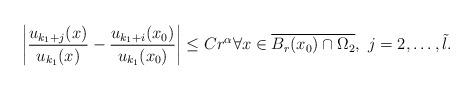
LaTeX: \begin{align*}\left|\frac{u_{k_1+j}(x)}{u_{k_1}(x)}-\frac{u_{k_1+i}(x_0)}{u_{k_1}(x_0)}\right|\leq C r^{\alpha} \forall x\in \overline{B_{r}(x_0)\cap \Omega_2},\ j=2,\ldots, \tilde l.\end{align*}